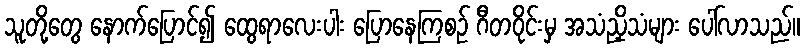
သူတို့တွေ နောက်ပြောင်၍ ထွေရာလေးပါး ပြောနေကြစဉ် ဂီတဝိုင်းမှ အသံညှိသံများ ပေါ်လာသည်။